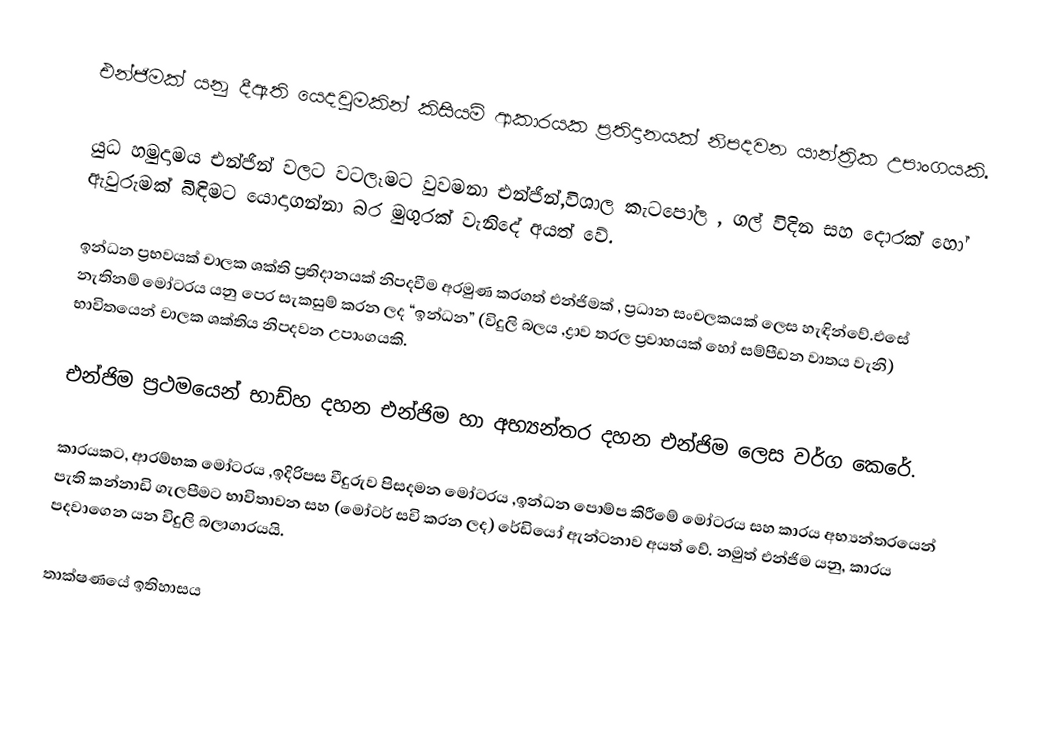
එන්ජිමක් යනු දීඇති යෙදවුමකින් කිසියම් ආකාරයක ප්‍රතිදානයක් නිපදවන යාන්ත්‍රික උපාංගයකි.

යුධ හමුදාමය එන්ජින් වලට වටලෑමට වුවමනා එන්ජින්,විශාල කැටපෝල , ගල් විදින සහ දොරක් හෝ ඇවුරුමක් බිඳිමට යොදාගන්නා බර මුගුරක් වැනිදේ අයත් වේ.

ඉන්ධන ප්‍රභවයක් චාලක ශක්ති ප්‍රතිදානයක් නිපදවීම අරමුණ කරගත් එන්ජිමක් , ප්‍රධාන සංචලකයක් ලෙස හැඳින්වේ.එසේ නැතිනම් මෝටරය යනු පෙර සැකසුම් කරන ලද “ඉන්ධන” (විදුලි බලය ,ද්‍රාව තරල ප්‍රවාහයක් හෝ සම්පීඩන වාතය වැනි) භාවිතයෙන් චාලක ශක්තිය නිපදවන උපාංගයකි.

එන්ජිම ප්‍රථමයෙන් භාඩ්හ දහන එන්ජිම හා අභ්‍යන්තර දහන එන්ජිම ලෙස වර්ග කෙරේ.

කාරයකට, ආරම්භක මෝටරය ,ඉදිරිපස වීදුරුව පිසදමන මෝටරය ,ඉන්ධන පොම්ප කිරීමේ මෝටරය සහ කාරය අභ්‍යන්තරයෙන් පැති කන්නාඩි ගැලපීමට භාවිතාවන සහ (මෝටර් සවි කරන ලද) රේඩියෝ ඇන්ටනාව අයත් වේ. නමුත් එන්ජිම යනු, කාරය පදවාගෙන යන විදුලි බලාගාරයයි.

තාක්ෂණයේ ඉතිහාසය